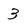
Character: 3